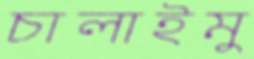
চালাইমু